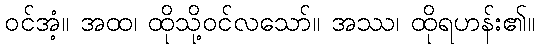
ဝင်အံ့။ အထ၊ ထိုသို့ဝင်လသော်။ အဿ၊ ထိုရဟန်း၏။